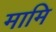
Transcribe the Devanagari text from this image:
मामि